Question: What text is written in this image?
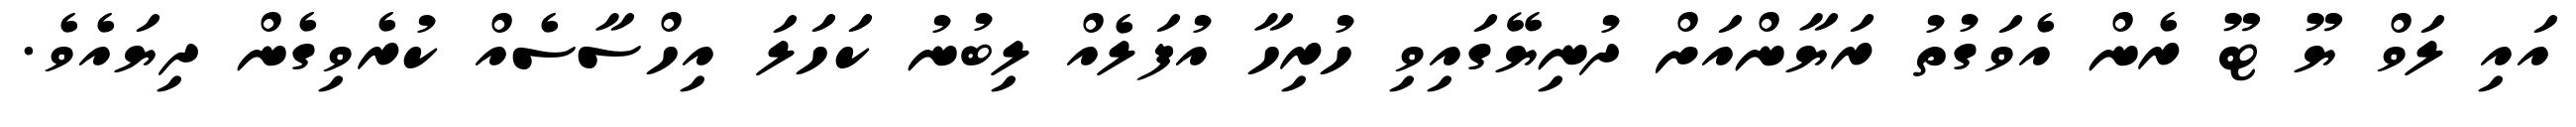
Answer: އައި ލަވް ޔޫ ޓޫ ރެން އެވަގުތު ރަޔާންއަށް ދުނިޔޭގައިވި ހުރިހާ އުފަލެއް ލިބުނު ކަހަލަ އިހްސާސެއް ކުރެވިގެން ދިޔައެވެ.